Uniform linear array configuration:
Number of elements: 12
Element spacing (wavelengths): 0.5
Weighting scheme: exponential
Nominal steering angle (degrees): -45
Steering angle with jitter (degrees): -46.968
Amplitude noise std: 0.05
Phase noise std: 0.05

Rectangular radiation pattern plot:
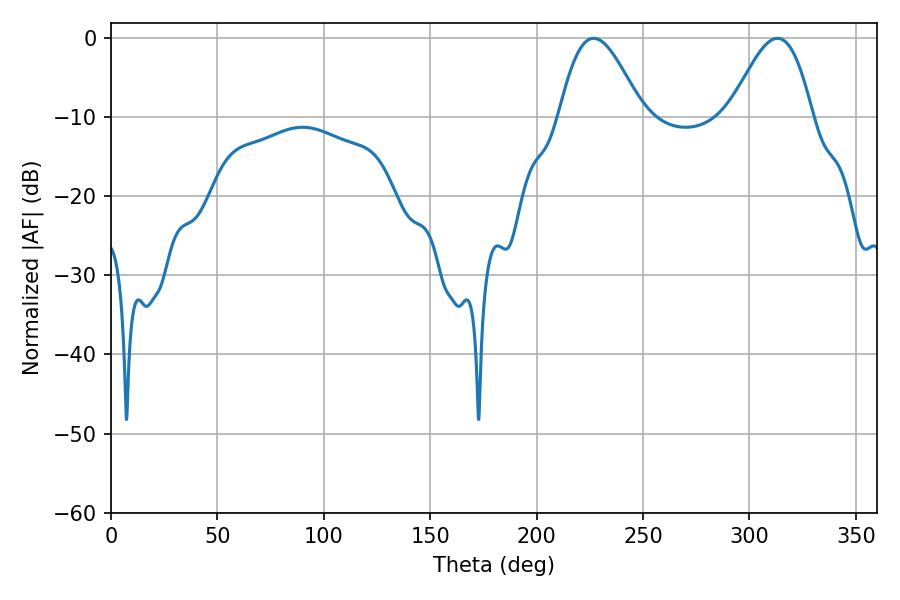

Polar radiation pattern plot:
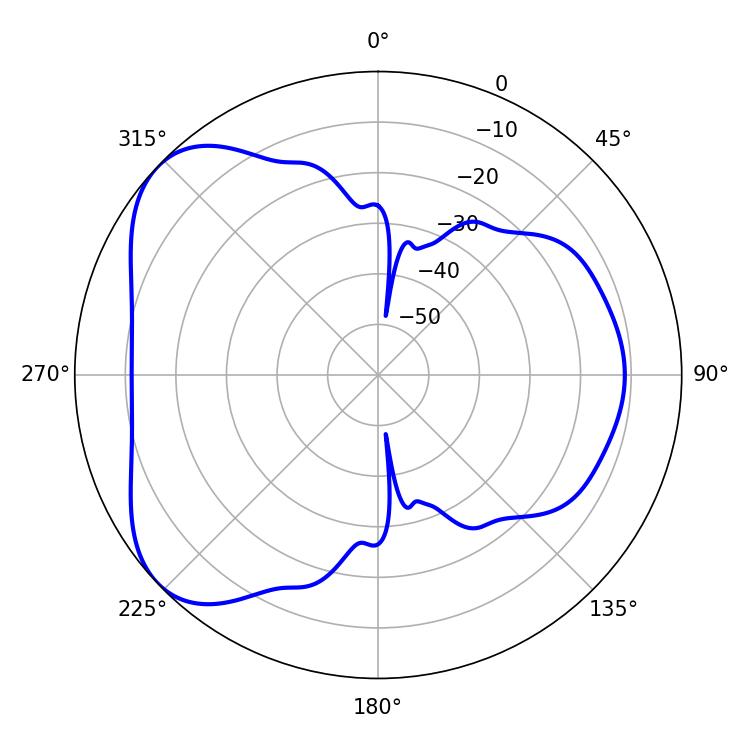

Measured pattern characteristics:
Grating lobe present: FALSE
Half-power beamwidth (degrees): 20.88
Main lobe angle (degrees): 226.8